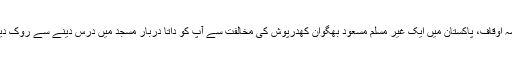
محکمہ اوقاف، پاکستان میں ایک غیر مسلم مسعود بھگوان کھدرپوش کی مخالفت سے آپ کو داتا دربار مسجد میں درس دینے سے روک دیا گیا۔